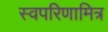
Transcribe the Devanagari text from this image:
स्वपरिणामित्र